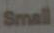
Small